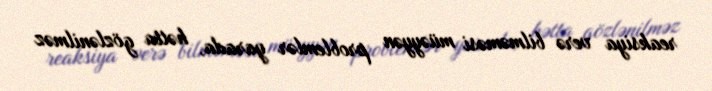
reaksiya verə bilməməsi müəyyən problemlər yarada, hətta gözlənilməz